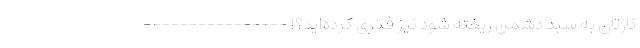
کارتان به سبد دشمن ریخته شود نیز فکری کرده‌اید؟! ----------------